Leaving Certificate Examination, 1914
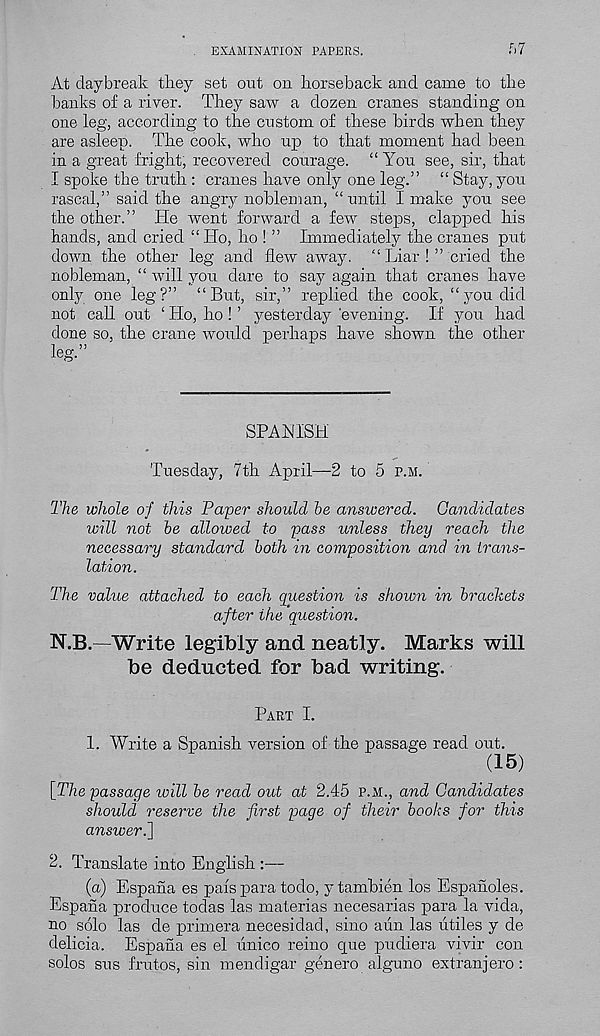
EXAMINATION PAPERS.
f>7
At daybreak they set out on horseback and came to the
banks of a river. They saw a dozen cranes standing on
one leg, according to the custom of these birds when they
are asleep. The cook, who up to that moment had been
in a great fright, recovered courage. “You see, sir, that
I spoke the truth : cranes have only one leg.” “ Stay, you
rascal,” said the angry nobleman, “until I make you see
the other.” He went forward a few steps, clapped his
hands, and cried “Ho, ho ! ” Immediately the cranes put
down the other leg and flew away. “ Liar ! ” cried the
nobleman, “ will you dare to say again that cranes have
only one leg?” “But, sir,” replied the cook, “you did
not call out 1 Ho, ho ! ’ yesterday 'evening. If you had
done so, the crane would perhaps have shown the other
leg.”
SPANISH
Tuesday, 7th April—2 to 5 p.m.
The whole oj' this Paper should he answered. Candidates
will not he allowed to pass unless they reach the
necessary standard both in composition and in trans-
lation.
The value attached to each question is shown in brackets
a.fter the question.
N.B.—Write legibly and neatly. Marks will
be deducted for bad writing.
Part I.
1. Write a Spanish version of the passage read out.
(15)
[The passage will be read out at 2.45 p.m., and Candidates
should reserve the first page of their books for this
answer.]
2. Translate into English :—
(a) Espana es pais para todo, ytambien los Espanoles.
Espana produce todas las materias necesarias para la vida,
no solo las de primera necesidad, sino aun las utiles y de
delicia. Espana es el unico reino que pudiera vivir con
solos sus frutos, sin mendigar genero alguno extranjero: